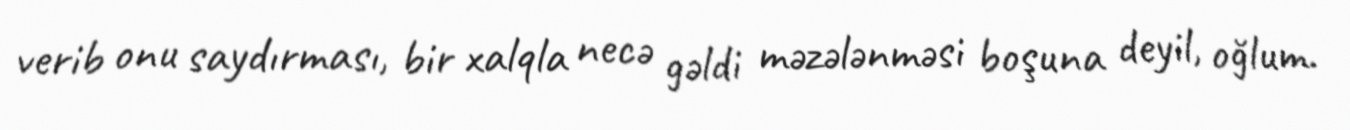
verib onu saydırması, bir xalqla necə gəldi məzələnməsi boşuna deyil, oğlum.